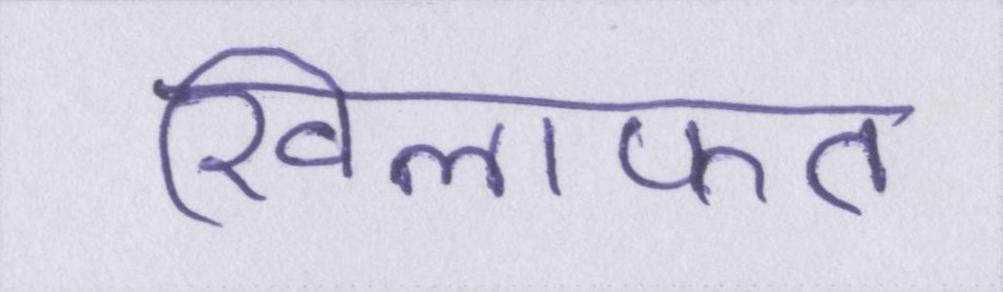
खिलाफत